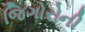
જિગોરોની